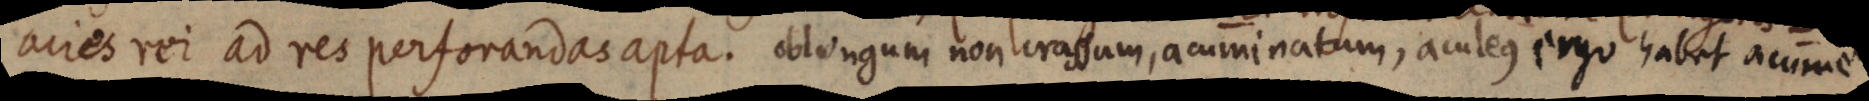
acies rei ad res perforandas apta. oblongum non crassum, acuminatum, aculeus ergo habet acumen